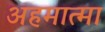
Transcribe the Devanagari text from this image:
अहमात्मा